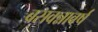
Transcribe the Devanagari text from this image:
बसवन्नावर्ष